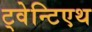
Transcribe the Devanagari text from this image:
ट्वेन्टिएथ